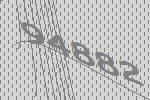
94882